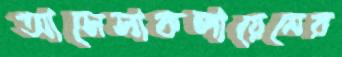
আসেসাকলায়েনের